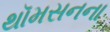
થૉમસનના